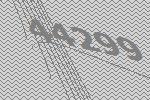
44299